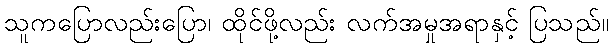
သူကပြောလည်းပြော၊ ထိုင်ဖို့လည်း လက်အမှုအရာနှင့် ပြသည်။